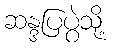
ဆန္ဒပြပွဲသို့